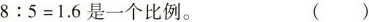
$$8:5=1.6是$$一个比例。 ( )